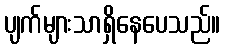
ပျက်များသာရှိနေပေသည်။